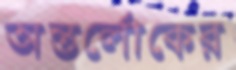
অন্তর্লোকের